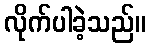
လိုက်ပါခဲ့သည်။